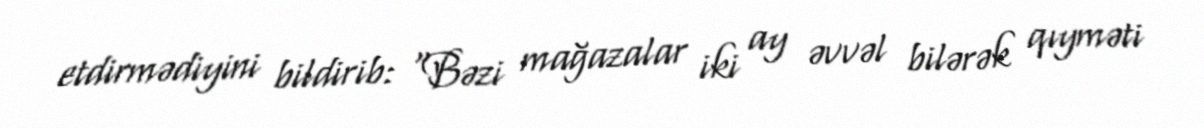
etdirmədiyini bildirib: "Bəzi mağazalar iki ay əvvəl bilərək qıyməti